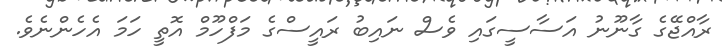
ރާއްޖޭގެ ގާނޫނު އަސާސީގައި ވެސް ނައިބު ރައީސްގެ މަފްހޫމް އޮތީ ހަމަ އެހެންނެވެ.